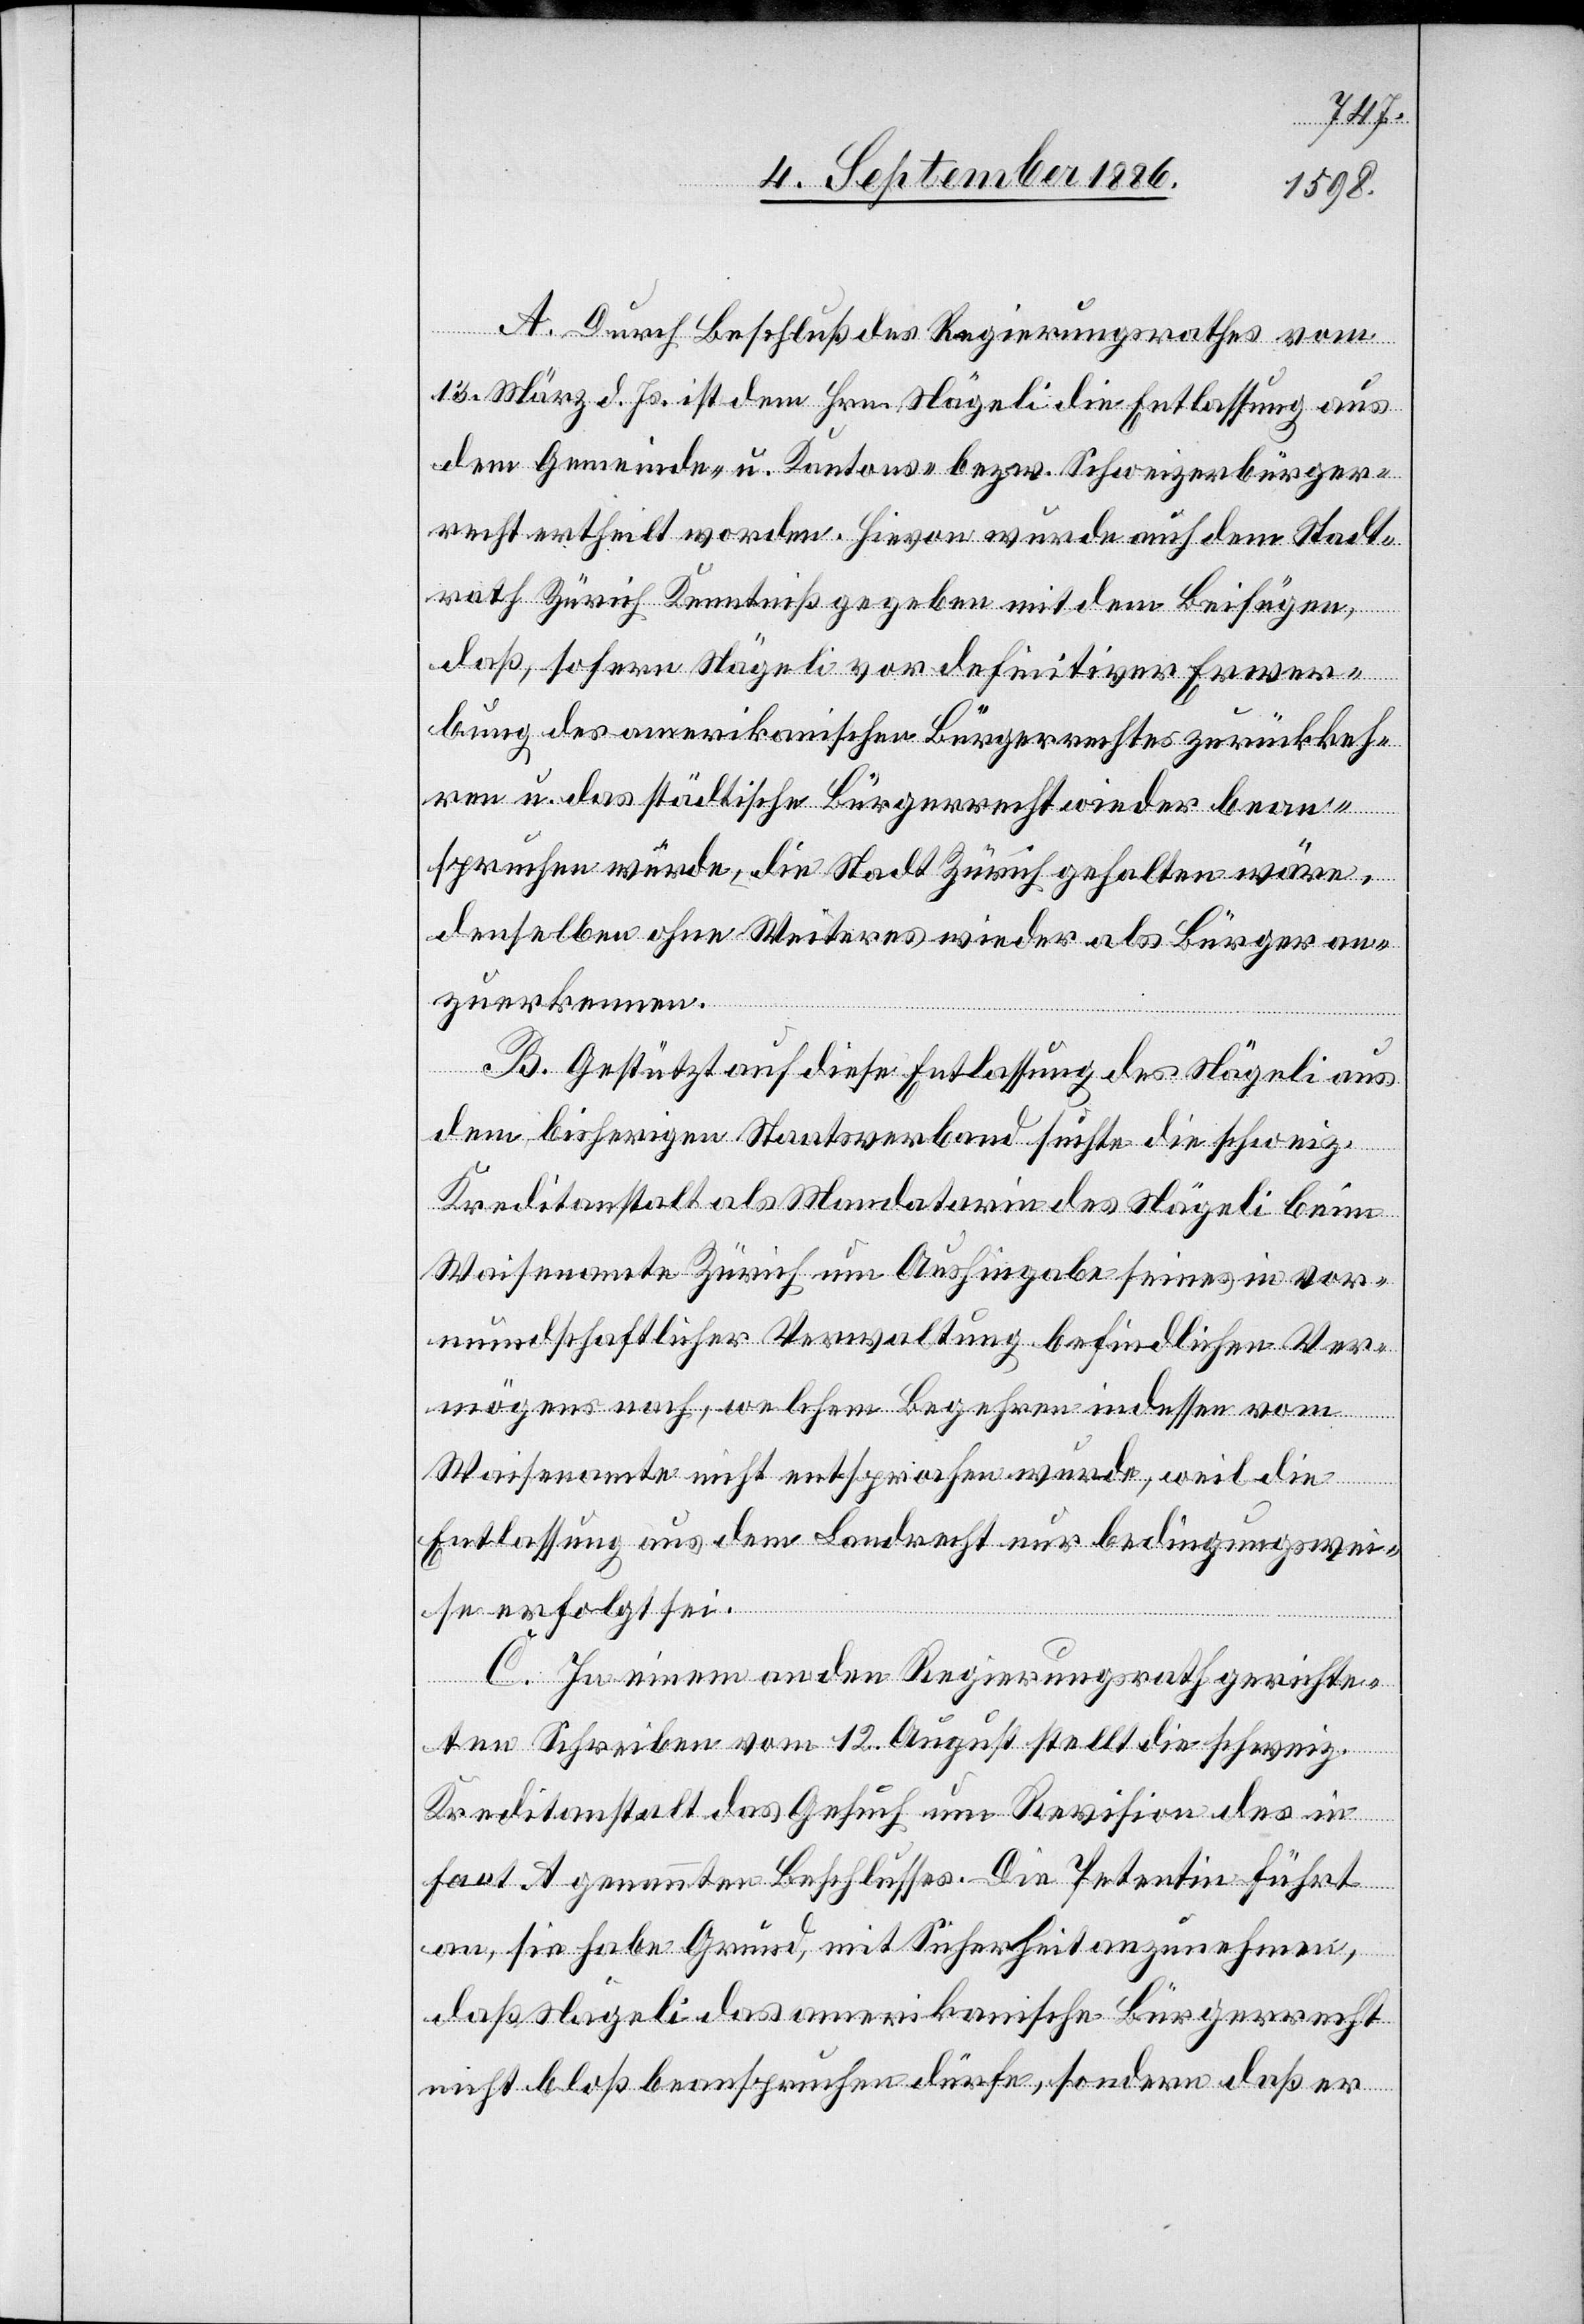
A. Durch Beschluß des Regierungsrathes vom
13. März d. Js. ist dem Hrn. Nägeli die Entlassung aus
dem Gemeinde- u. Kantons- bezw. Schweizerbürger¬
recht ertheilt worden. Hievon wurde auch dem Stadt¬
rath Zürich Kenntniß gegeben mit dem Beifügen,
daß, sofern Nägeli vor definitiver Erwer¬
bung des amerikanischen Bürgerrechts zurückkeh¬
ren u. das städtische Bürgerrecht wieder bean¬
spruchen würde, die Stadt Zürich gehalten wäre,
denselben ohne Weiteres wieder als Bürger an¬
zuerkennen.
B. Gestützt auf diese Entlassung des Nägeli aus
dem bisherigen Staatsverband suchte die schweiz.
Kreditanstalt als Mandatarin des Nägeli beim
Waisenamte Zürich um Aushingabe seines in vor¬
mundschaftlicher Verwaltung befindlichen Ver¬
mögens nach, welchem Begehren indessen vom
Waisenamte nicht entsprochen wurde, weil die
Entlassung aus dem Landrecht nur bedingungswei¬
se erfolgt sei.
C. In einem an den Regierungsrath gerichte¬
ten Schreiben vom 12. August stellt die schweiz.
Kreditanstalt das Gesuch um Revision des in
Fact. A genannten Beschlusses. Die Petentin führt
an, sie habe Grund, mit Sicherheit anzunehmen,
daß Nägeli das amerikanische Bürgerrecht
nicht bloß beanspruchen dürfe, sondern daß er